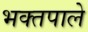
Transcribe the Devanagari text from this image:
भक्तपाले